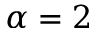
\alpha = 2